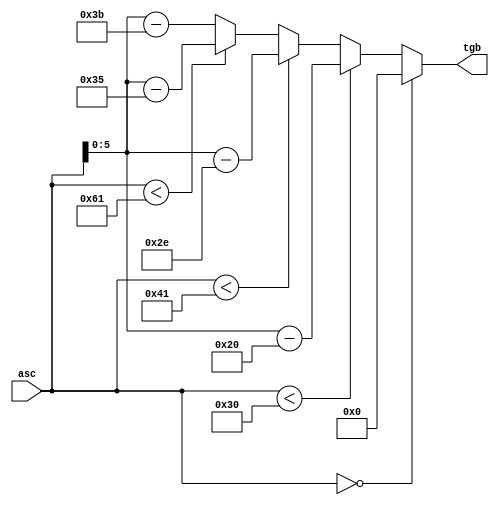
module asc_to_tgb(input[6:0] asc, output reg[5:0] tgb);
	always@(*) begin
	if(asc==0)
		tgb <= 0;
	else if(asc<48)
		tgb <= asc-32;
	else if(asc<65)
		tgb <= asc-46;
	else if(asc<97)
		tgb <= asc-53;
	else
		tgb <= asc-59;
	end
endmodule